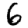
Digit: 6